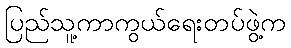
ပြည်သူ့ကာကွယ်ရေးတပ်ဖွဲ့က